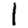
Digit: 1